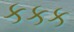
કકક